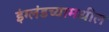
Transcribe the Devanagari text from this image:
इंग्लंडच्यामधील